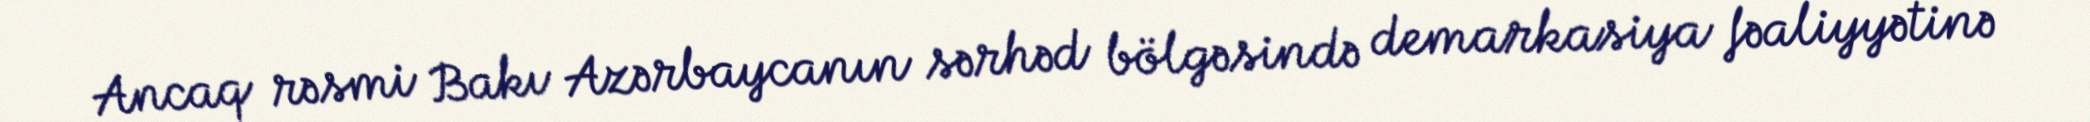
Ancaq rəsmi Bakı Azərbaycanın sərhəd bölgəsində demarkasiya fəaliyyətinə